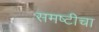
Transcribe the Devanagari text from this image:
समष्टीचा